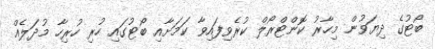
ބޯޓުގެ ދިޔަވުން މިހާރު ކޮންޓްރޯލް ކުރެވިފައިވާ ކަމަށާއި ބޯޓުގައި ހުރި ހުރިހާ މުދަލެއް